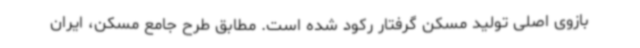
بازوی اصلی تولید مسکن گرفتار رکود شده است. مطابق طرح جامع مسکن، ایران